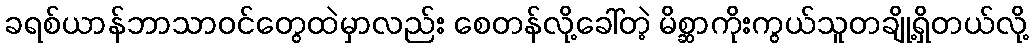
ခရစ်ယာန်ဘာသာဝင်တွေထဲမှာလည်း စေတန်လို့ခေါ်တဲ့ မိစ္ဆာကိုးကွယ်သူတချို့ရှိတယ်လို့